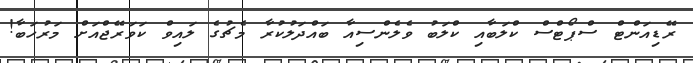
ރޭޑިއަންޓް ސްޕޯޓްސް ކްލަބާއި ކްލަބު ވެލެންސިއާ ބައްދަލުކުރާ މެޗުގެ ލައިވް ކަވަރޭޖްއަށް މަރުހަބާ!